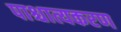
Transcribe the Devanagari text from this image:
पाश्चात्यकरण